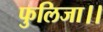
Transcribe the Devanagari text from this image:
फुलिजा।।